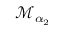
{ \mathcal M } _ { \alpha _ { 2 } }